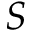
S